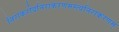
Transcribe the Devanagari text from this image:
निराकरोदनिराकरणमस्त्वनिराकरणम्